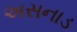
અસનાડ